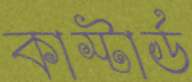
কাস্টার্ড